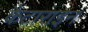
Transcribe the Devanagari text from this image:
कैटाराइन